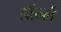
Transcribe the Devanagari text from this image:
डॉर्न्ले